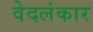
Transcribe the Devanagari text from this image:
वेदलंकार